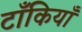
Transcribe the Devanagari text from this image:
टाँकियाँ